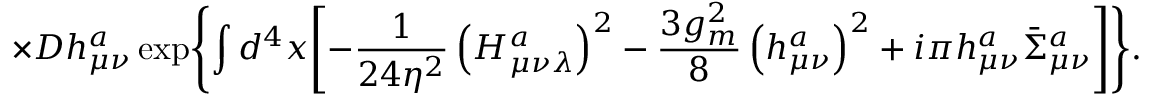
\times { \cal D } h _ { \mu \nu } ^ { a } \exp \Biggl \{ \int d ^ { 4 } x \Biggl [ - \frac { 1 } { 2 4 \eta ^ { 2 } } \left( H _ { \mu \nu \lambda } ^ { a } \right) ^ { 2 } - \frac { 3 g _ { m } ^ { 2 } } { 8 } \left( h _ { \mu \nu } ^ { a } \right) ^ { 2 } + i \pi h _ { \mu \nu } ^ { a } \bar { \Sigma } _ { \mu \nu } ^ { a } \Biggr ] \Biggr \} .